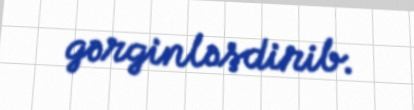
gərginləşdirib.